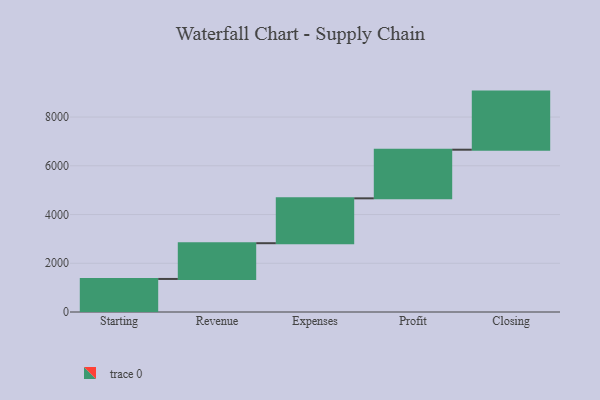
{"axis": {"x": "Step", "y": "Value"}, "legend": [""], "data": [{"x": "Starting", "y": 1356.0, "type": ""}, {"x": "Revenue", "y": 1467.0, "type": ""}, {"x": "Expenses", "y": 1841.0, "type": ""}, {"x": "Profit", "y": 1996.0, "type": ""}, {"x": "Closing", "y": 2384.0, "type": ""}]}